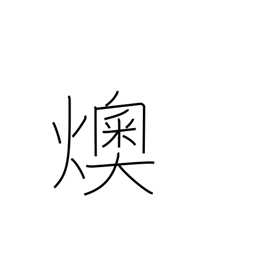
Meaning: embers